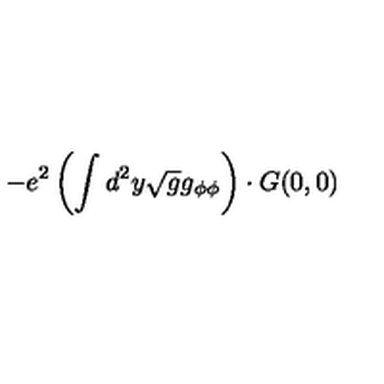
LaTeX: - e ^ { 2 } \left( \int d ^ { 2 } y \sqrt { g } g _ { \phi \phi } \right) \cdot G ( 0 , 0 )